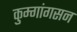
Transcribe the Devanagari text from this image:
कुम्गांगसन